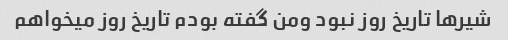
شیرها تاریخ روز نبود ومن گفته بودم تاریخ روز میخواهم